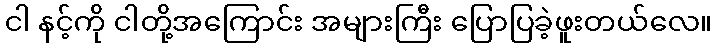
ငါ နင့်ကို ငါတို့အကြောင်း အများကြီး ပြောပြခဲ့ဖူးတယ်လေ။